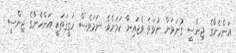
އަންހެނާގެ ޖިންސީ ގުނަވަން ނުވަތަ ވެޖައިނާ ކަމަށެވެ. ނަމަވެސް ހަގީގަތަކީ އަންހެނާގެ ޖިންސީ